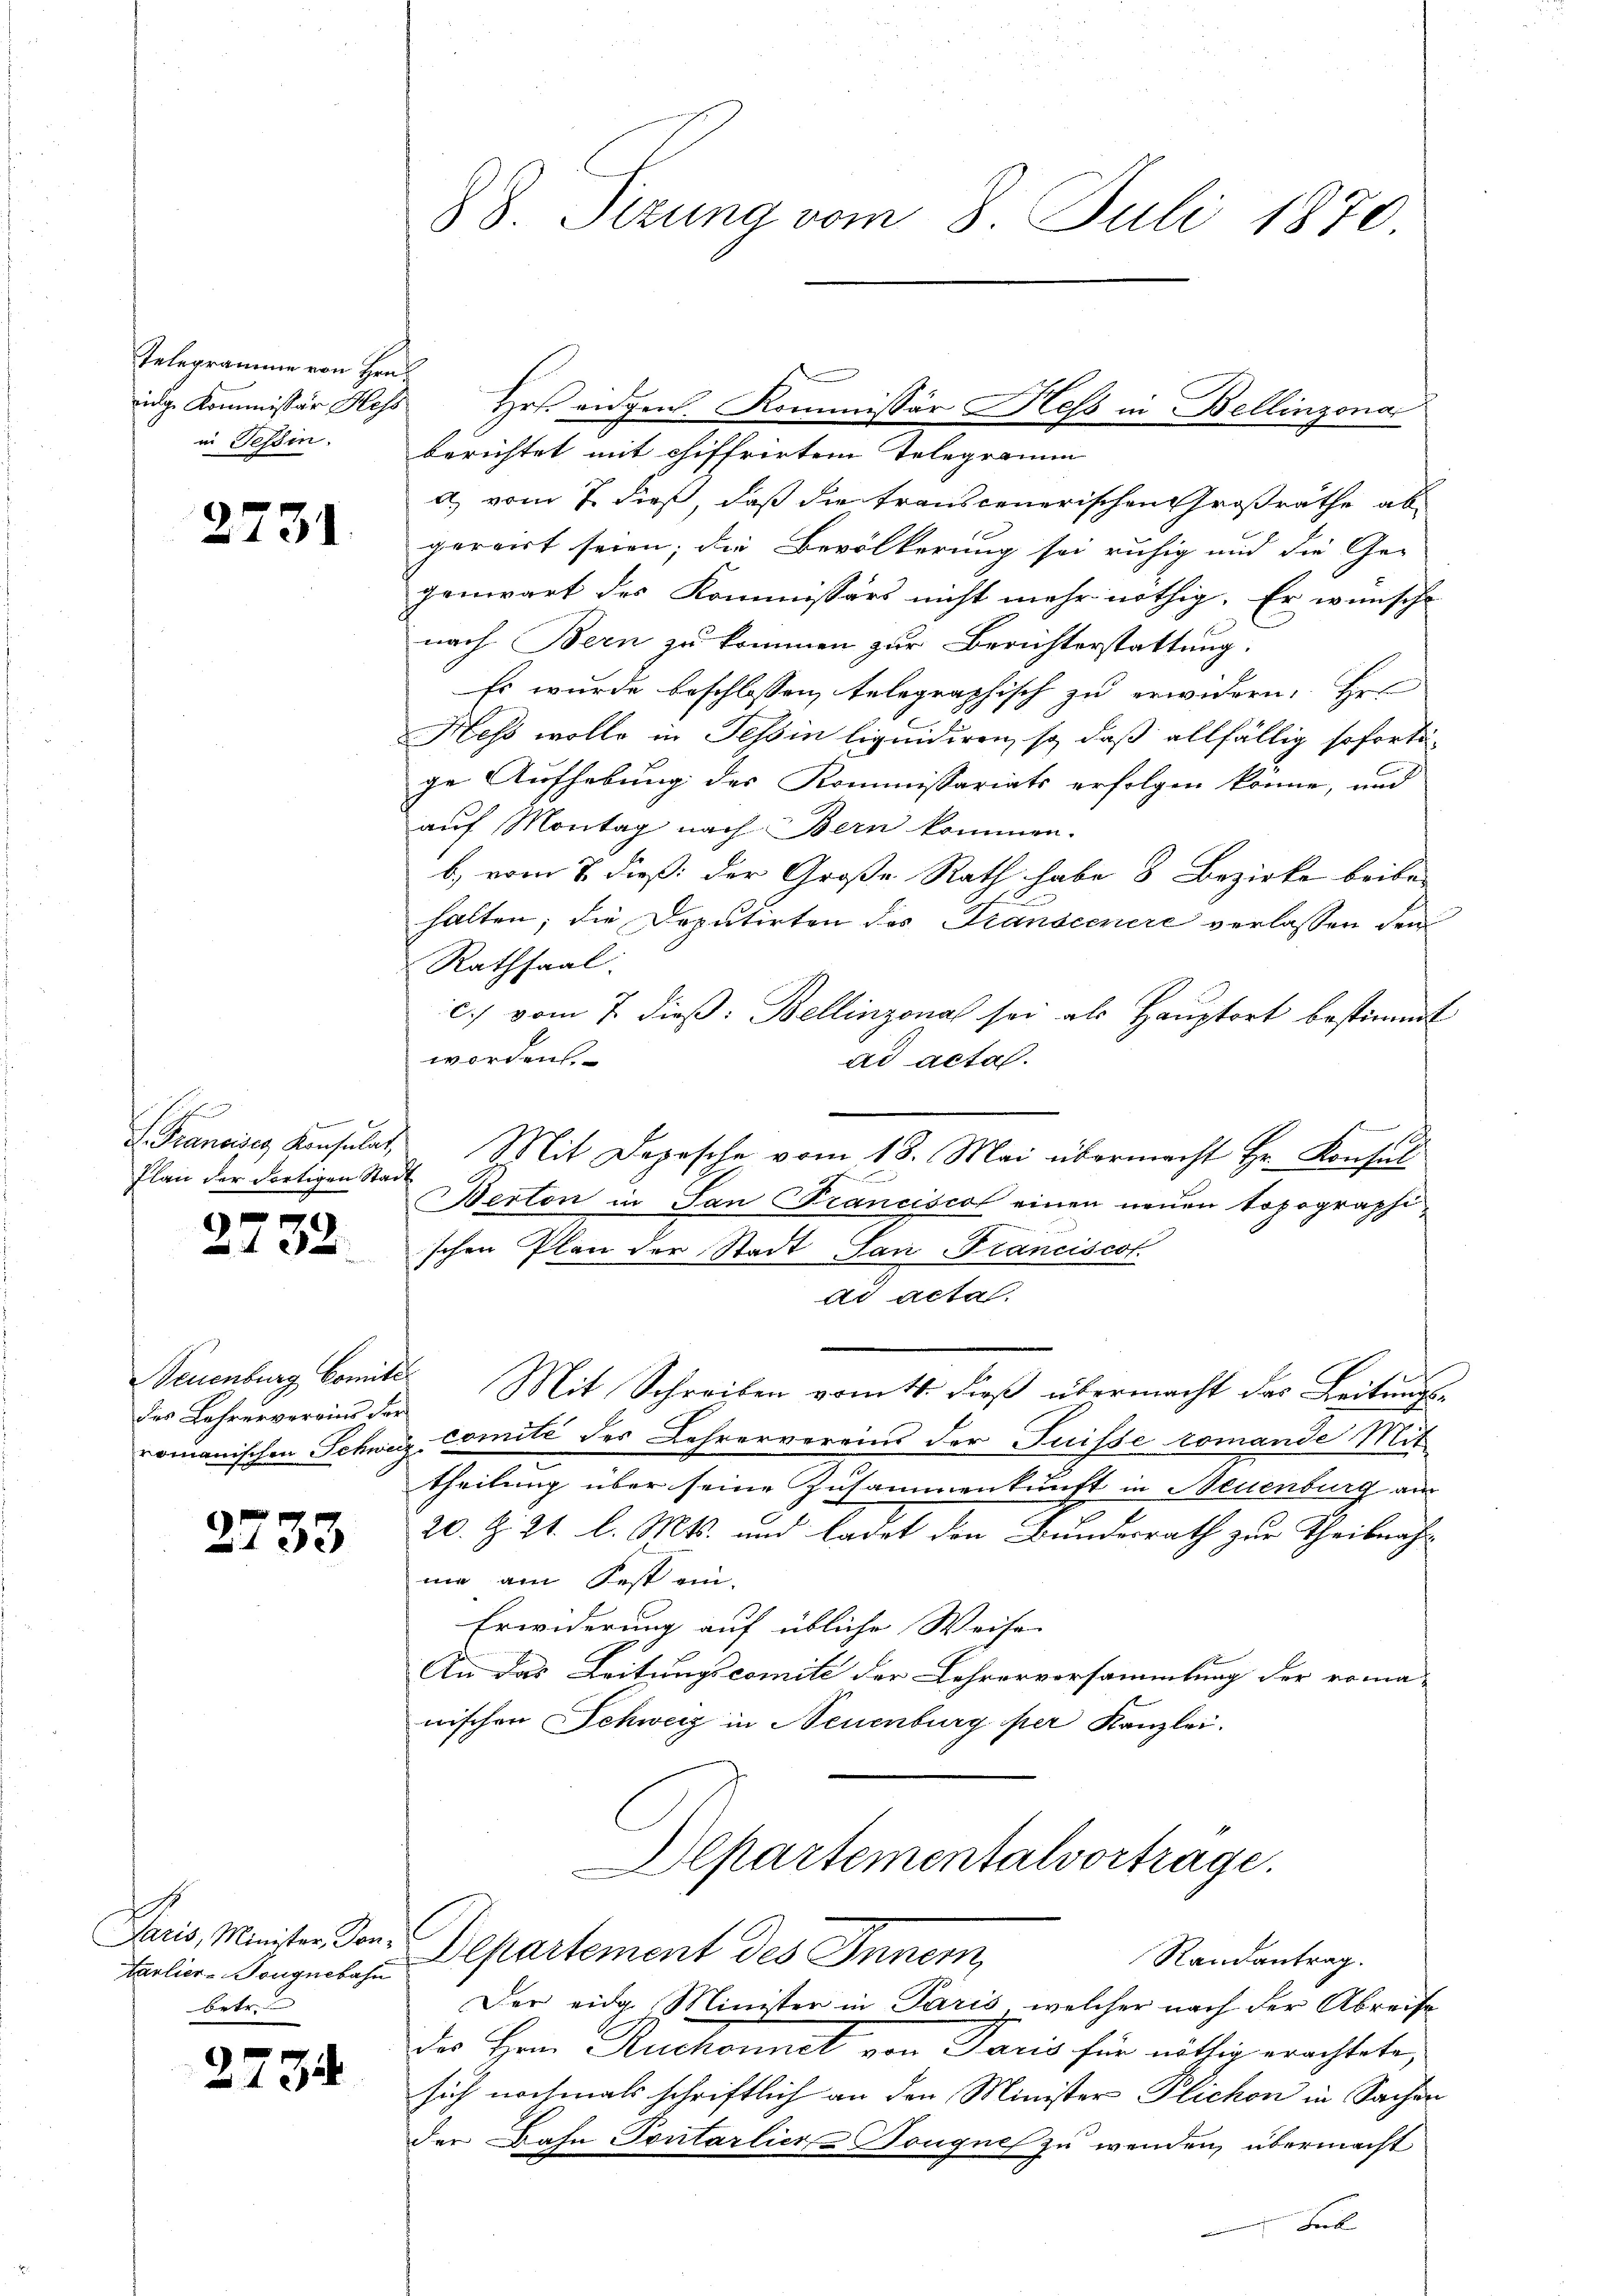
Telegramme von Hrn.
ige Kommissär Hess
in Tessin.

2731

n

d. Francisig Konsulat,
Plan der dortigen Stadt

2732.

des Lehrervereins der

2733

Paris, Minister, Dontarlier-Tougnebahn
betr.

2.

34

88. Sizung vom 8. Juli 1870.

berichtet mit chiffrirten Telegramm
a) vom 7. dieß, daß die transcenerischen Großräthe ab
pervirt seien; die Bevölkerung sei ruhig und die Ge-
genwart des Kommissärs nicht mehr nöthig. Er wünsche
nach Bern zu kommen zur Berichterstattung.
Es wurde beschlossen, telegraphisch zu erwidern. Her
Hess wolle in Tessin liquidiren, so daß allfällig soforti-
ge Aufhebung des Kommissariats erfolgen könne, und
auf Montag nach Bern kommen.
b) vom 7. dieß: der Große Rath habe 8 Bezirke beibehalten; die Deputirten des Transcenere verlassen den
Rathsaal.
c.) vom 7. dieß: Bellinzona sei als Hauptort bestimmt
worden
ad actas.
Mit Depesche vom 18. Mai übermacht Hr. Konfel
u
Berton in San Francisco einen neuen Topographischen Plan der Stadt San Franciscot
ad acta.
Neuenburg, Comite Mit Schreiben vom 11. Fuß übermacht das Leitungsromanischen Schwarz comité des Lehrervereins der Suisse romande Mit
Theilung über seine Zusammenkunft in Neuenburg am
20. Z. 21. l. Mts. und ladet den Bundesrath zur Theilnahnie am Fest ein-
Erwiderung auf übliche Weise
An das Leitungscomite der Lehrervorsammlung der roma-
nischen Schweiz in Neuenburg per Kanzlei.
Departementalvortrage.
Departement des Innem
Randantrag.
Der eidg. Minister in Paris, welcher nach der Abreise
der Herr Ruchonnet von Paris für nöthig erachtete,
sich nochmals schriftlich an den Minister Plichon in Sachen
der Dahn Pontarlier-Tongue zu wenden, übermacht
F

Hrs. eidgen. Kommissär Hess in Bellinzona